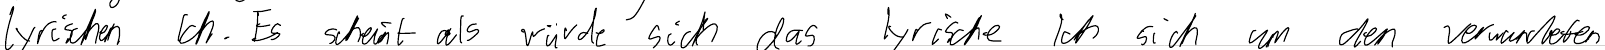
lyrischen Ich. Es scheint als würde sich das lyrische Ich sich um den verwundeten